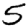
Digit: 5